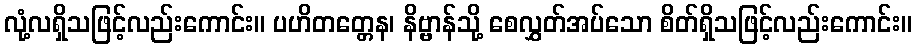
လုံ့လရှိသဖြင့်လည်းကောင်း။ ပဟိတတ္တေန၊ နိဗ္ဗာန်သို့ စေလွှတ်အပ်သော စိတ်ရှိသဖြင့်လည်းကောင်း။